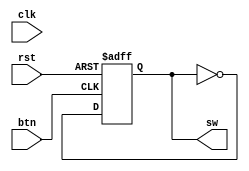
/* ------------------------------------------ *
 * Title       : Button-Switch Converters     *
 * Project     : Verilog Utility Modules      *
 * ------------------------------------------ *
 * Last Edit   : 30/01/2021                   *
 * Licence     : CERN-OHL-W                   *
 * ------------------------------------------ *
 * Description : Allows the use of switches   *
 *               as buttons, and buttons as   *
 *               switches.                    *
 * ------------------------------------------ */

module BTNtoSW#(parameter RESETVAL = 1'b0, parameter NEGEDGESENS = 1'b0)(clk, rst, btn, sw);
  input clk, rst, btn;
  output reg sw;

  wire btn_cntr;

  assign btn_cntr = (NEGEDGESENS) ? ~btn : btn;

  always@(posedge btn_cntr or posedge rst)
    begin
      if(rst)
        begin
          sw <= RESETVAL;
        end
      else
        begin
          sw <= ~sw;
        end
    end
endmodule

module SWtoBTN(clk, sw, btn);
  input clk, sw;
  output btn;
  reg sw_d, sw_dd;

  assign btn = sw_dd ^ sw_d;

  always@(posedge clk)
    begin
      sw_d <= sw;
      sw_dd <= sw_d;
    end
endmodule